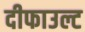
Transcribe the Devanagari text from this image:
दीफाउल्ट